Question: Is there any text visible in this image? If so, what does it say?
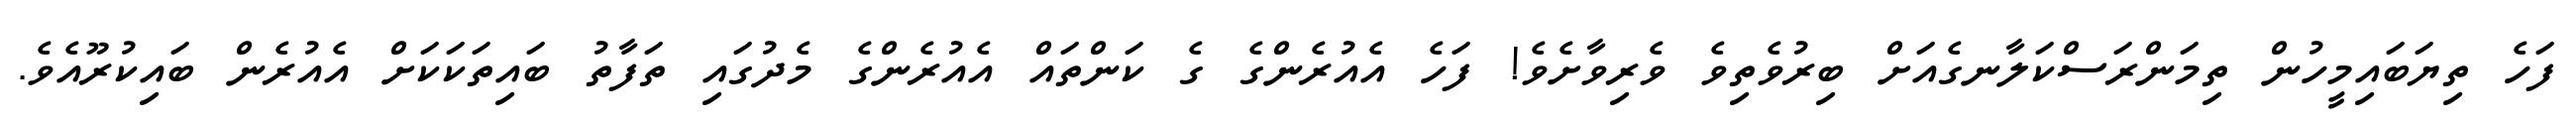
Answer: ފަހެ ތިޔަބައިމީހުން ތިމަންރަސްކަލާނގެއަށް ބިރުވެތިވެ ވެރިވާށެވެ! ފަހެ އެއުރެންގެ ގެ ކަންތައް އެއުރެންގެ މެދުގައި ތަފާތު ބައިތަކަކަށް އެއުރެން ބައިކުރޫއެވެ.